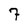
Character: 7